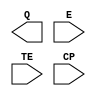
`timescale 1ns/1ps
module CKLNQD8BWP35P140 (Q, E, TE, CP);
output Q;
input  E, TE, CP;
//synopsys translate_off

//simulation model for smic11
//it will be discarded during synthsis
reg clk_en_af_latch;
always @(CP or E)
begin
  if(!CP)
    clk_en_af_latch <= E;
end

reg clk_en ;
always @ (TE or clk_en_af_latch )
begin
    clk_en <= clk_en_af_latch || TE ;
end
assign Q = CP && clk_en ;


//synopsys translate_on

endmodule //TLATNTSCAX8MTR